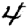
Digit: 4